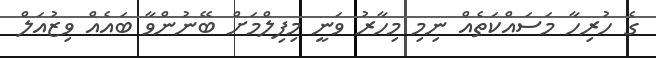
ގެ ހުރިހާ މަސައްކަތެއް ނިމި މިހާރު ވަނީ މިފިލްމަށް ބޭނުންވާ ބައެއް ވިޒުއަލް